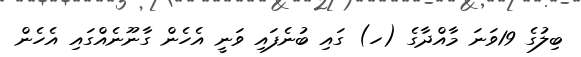
ބިލުގެ 19ވަނަ މާއްދާގެ (ހ) ގައި ބުނެފައި ވަނީ އެހެން ގާނޫނެއްގައި އެހެން